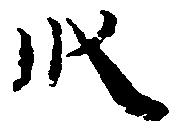
段